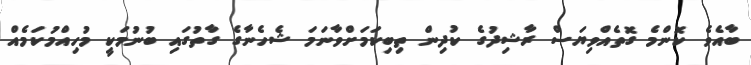
ބާއެވެ ކޮންމެ ގޮތެއްވިޔަސް ރާޝިދުގެ ކުދިން ތިބިކަމަށްވާނަމަ ޝެހެނާގެ ގާތުގައި ބުނުމަކީ މުހިއްމުކަމެއް